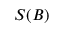
S ( B )